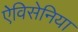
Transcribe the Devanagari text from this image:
ऐविसेनिया